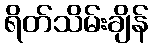
ရိတ်သိမ်းချိန်